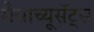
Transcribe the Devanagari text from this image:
मैसाच्यूसॅट्स